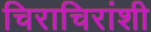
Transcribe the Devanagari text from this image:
चिराचिरांशी